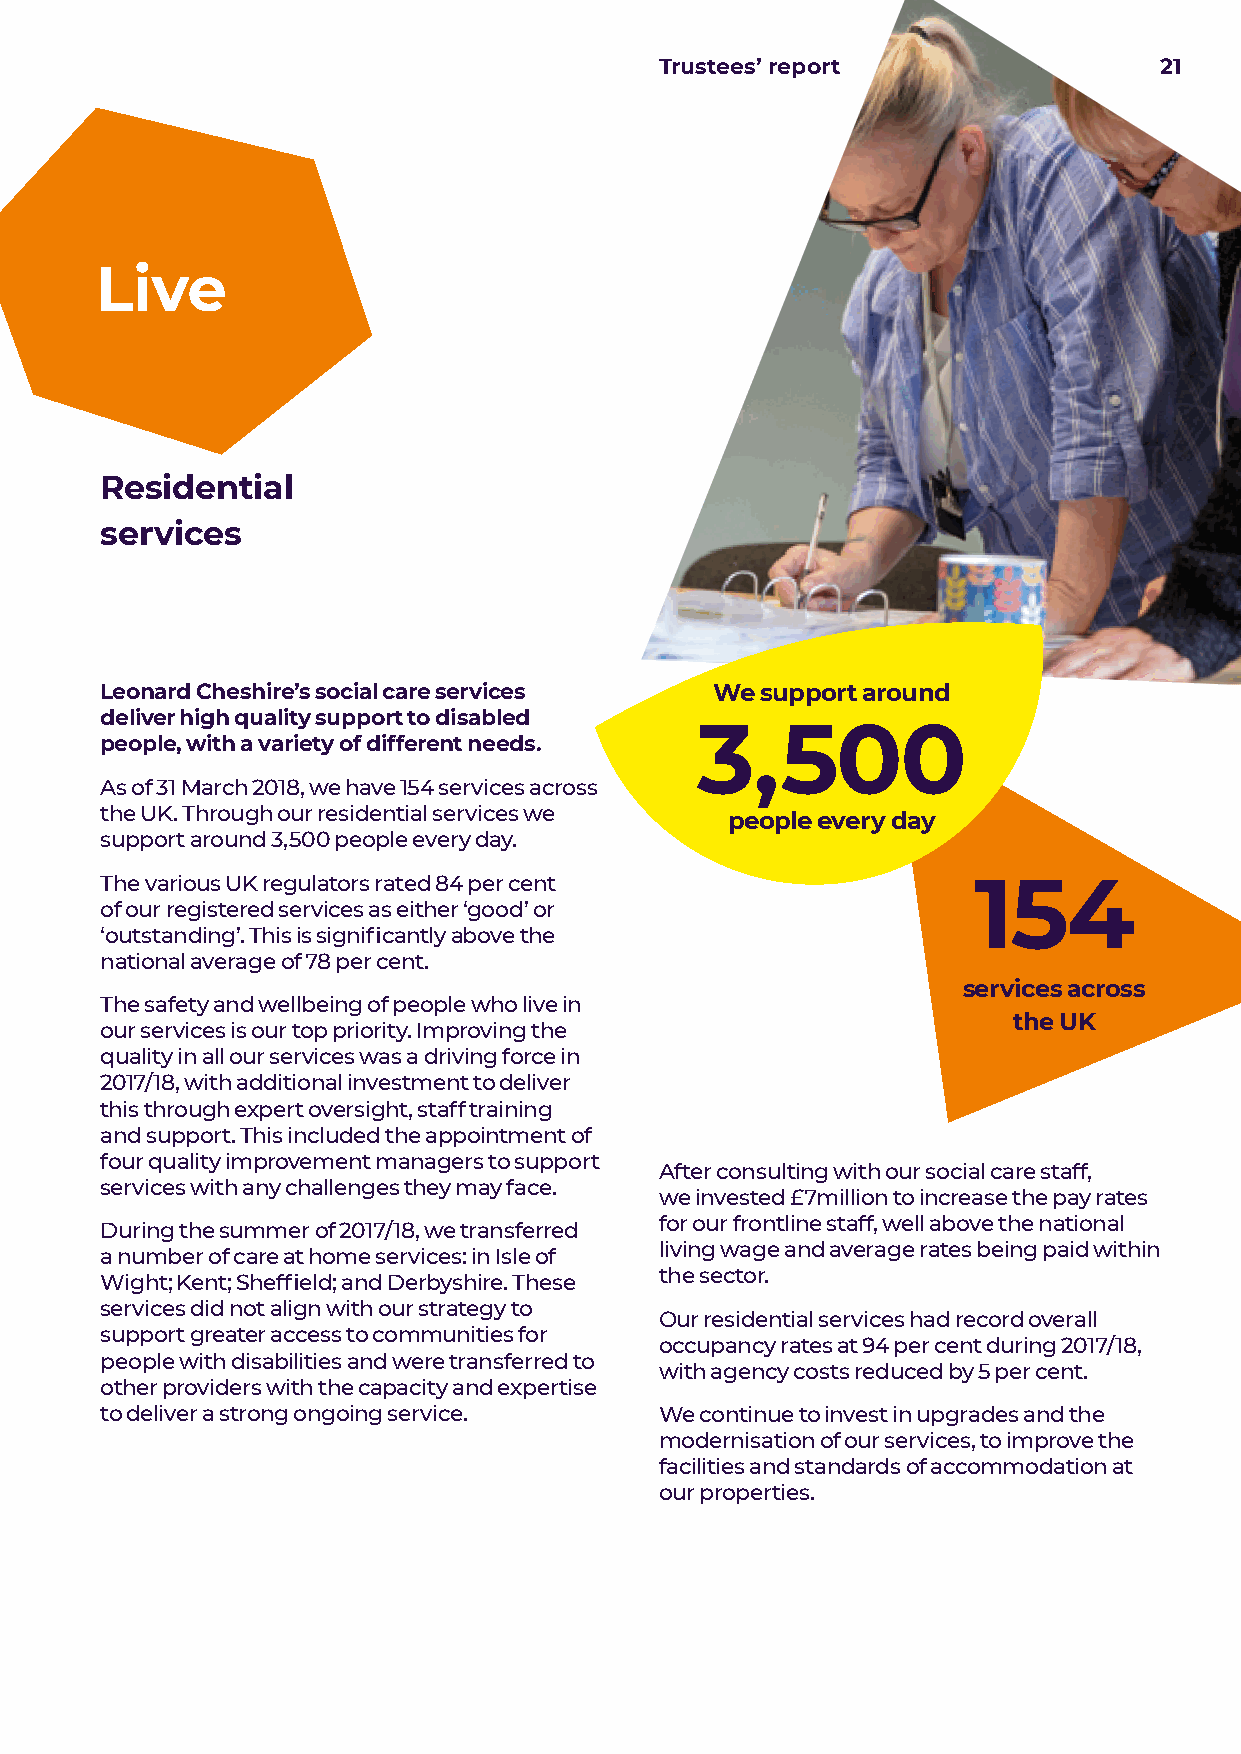
Trustees’ report                 21
 Live
 Residential
 services
 Leonard Cheshire’s social care services We support around
 deliver high quality support to disabled
 3,500
 people, with a variety of different needs.
 As of 31 March 2018, we have 154 services across
 the UK. Through our residential services we people every day
 support around 3,500 people every day.
 The various UK regulators rated 84 per cent              154
 of our registered services as either ‘good’ or
 ‘outstanding’. This is significantly above the
 national average of 78 per cent.
 services across
 The safety and wellbeing of people who live in
 the UK
 our services is our top priority. Improving the
 quality in all our services was a driving force in
 2017/18, with additional investment to deliver
 this through expert oversight, staff training
 and support. This included the appointment of
 four quality improvement managers to support
 After consulting with our social care staff,
 services with any challenges they may face.
 we invested £7million to increase the pay rates
 for our frontline staff, well above the national
 During the summer of 2017/18, we transferred
 living wage and average rates being paid within
 a number of care at home services: in Isle of
 the sector.
 Wight; Kent; Sheffield; and Derbyshire. These
 services did not align with our strategy to
 Our residential services had record overall
 support greater access to communities for
 occupancy rates at 94 per cent during 2017/18,
 people with disabilities and were transferred to
 with agency costs reduced by 5 per cent.
 other providers with the capacity and expertise
 to deliver a strong ongoing service. We continue to invest in upgrades and the
 modernisation of our services, to improve the
 facilities and standards of accommodation at
 our properties.